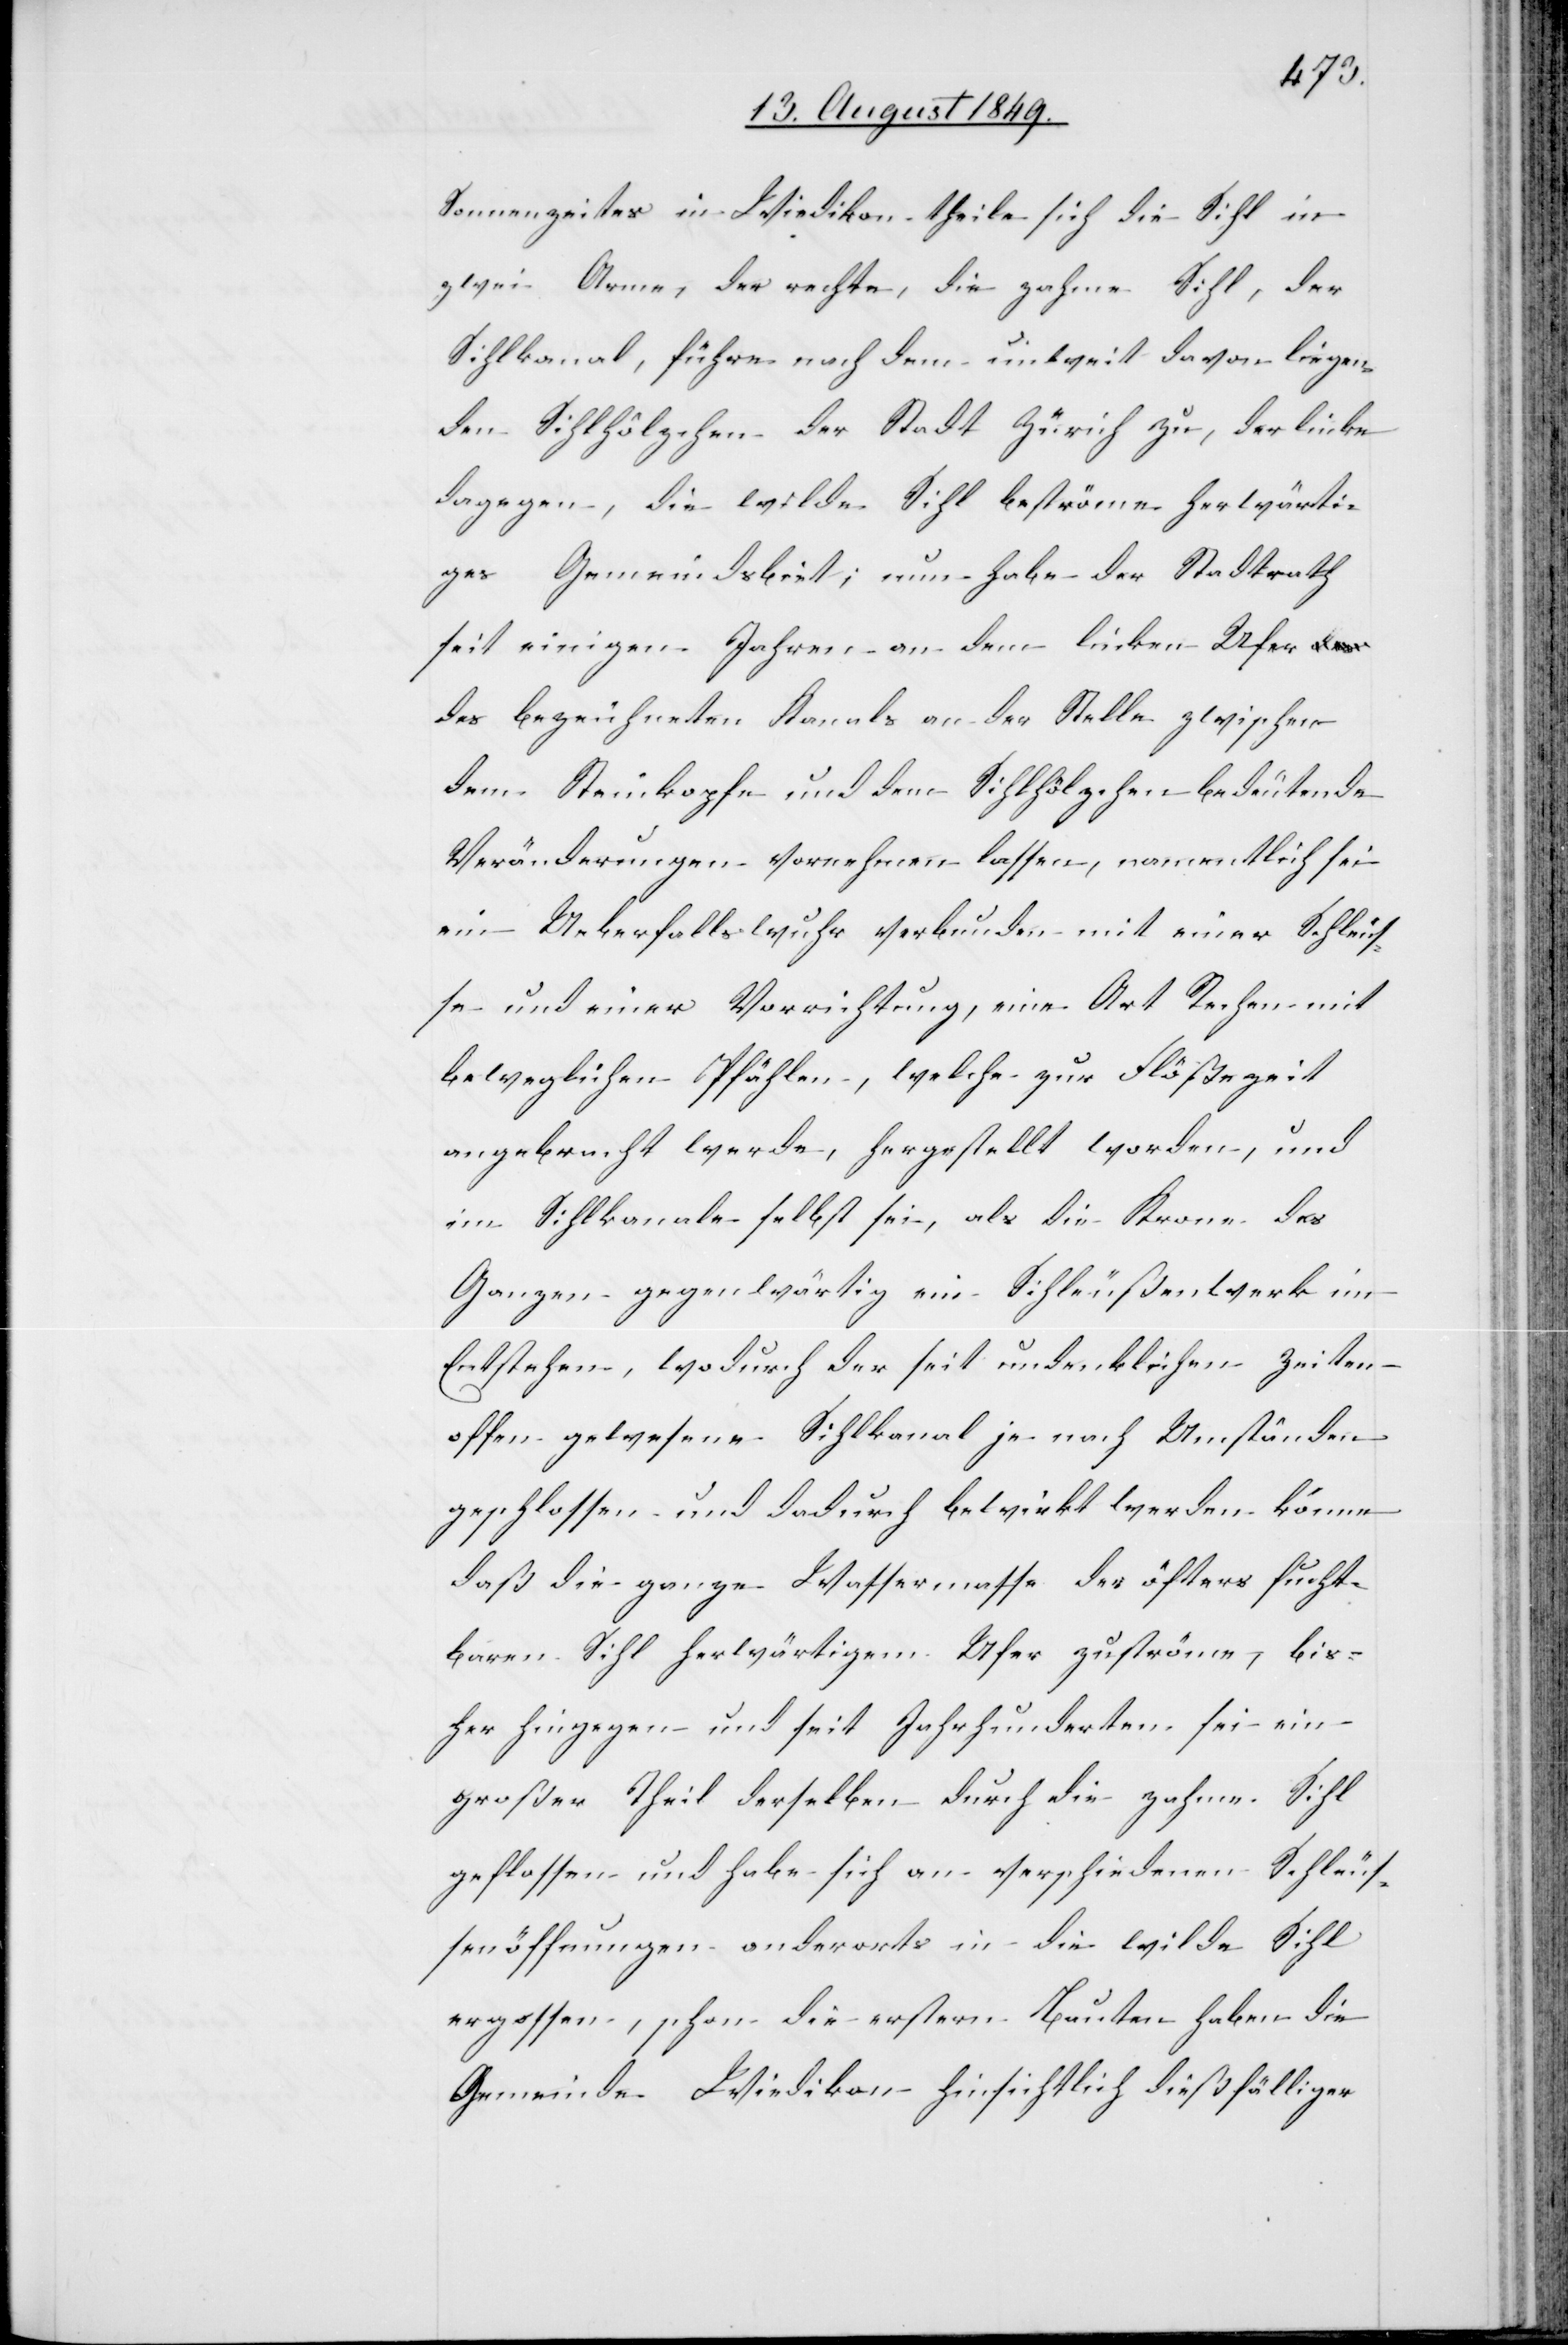
Sonnenzeites [sic!] in Wiedikon theile sich die Sihl in
zwei Arme, der rechte, die zahme Sihl, der
Sihlkanal, führe nach dem unweit davon liegen¬
den Sihlhölzchen der Stadt Zürich zu, der linke
dagegen, die wilde Sihl beströme herwärti¬
ges Gemeinds[ge]biet; nun habe der Stadtrath
seit einigen Jahren an dem linken Ufer
des bezeichneten Kanals an der Stelle zwischen
dem Steinkopfe und dem Sihlhölzchen bedeutende
Veränderungen vornehmen lassen, namentlich sei
ein Ueberfallswuhr verbunden mit einer Schleus¬
se und einer Vorrichtung, eine Art Rechen mit
beweglichen Pfählen, welche zur Flößezeit
angebracht werde, hergestellt worden, und
im Sihlkanale selbst sei, als die Krone des
Ganzen gegenwärtig ein Sihl[schl]eußenwerk im
Entstehen, wodurch der seit undenklichen Zeiten
offen gewesene Sihlkanal je nach Umständen
geschlossen und dadurch bewirkt werden könne
daß die ganze Wassermasse des öfters fucht¬
Sihl herwärtigem Ufer zuströme, bis¬
her hingegen und seit Jahrhunderten sei ein
großer Theil derselben durch die zahme Sihl
geflossen und habe sich an verschiedenen
Schleus¬
senöffnungen anderorts in die wilde Sihl
ergossen, schon die erstern Bauten haben die
Gemeinde Wiedikon hinsichtlich dießfälliger